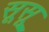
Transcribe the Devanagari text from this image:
सूसू